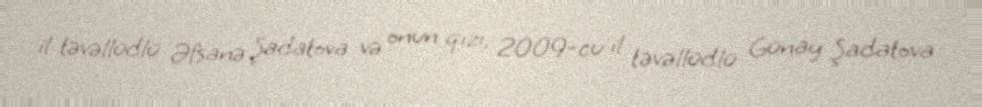
il təvəllüdlü Əfsanə Şadatova və onun qızı, 2009-cu il təvəllüdlü Günay Şadatova